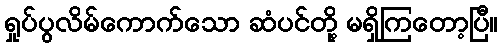
ရှုပ်ပွလိမ်ကောက်သော ဆံပင်တို့ မရှိကြတော့ပြီ။